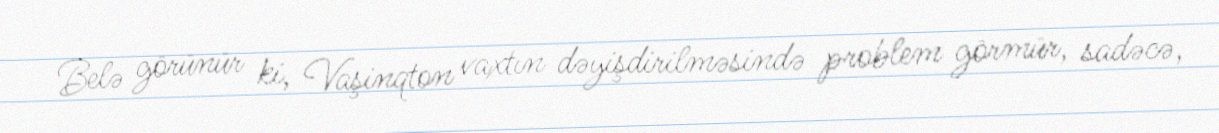
Belə görünür ki, Vaşinqton vaxtın dəyişdirilməsində problem görmür, sadəcə,